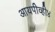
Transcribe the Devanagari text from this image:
आयपीव्ही४